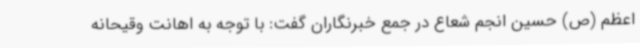
اعظم (ص) حسین انجم شعاع در جمع خبرنگاران گفت: با توجه به اهانت وقیحانه